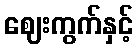
ဈေးကွက်နှင့်